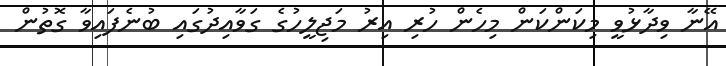
އޭނާ ވިދާޅުވީ މިކަންކަން މިހެން ހުރި އިރު މަޖިލީހުގެ ގަވާއިދުގައި ބުނެފައިވާ ގޮތުން